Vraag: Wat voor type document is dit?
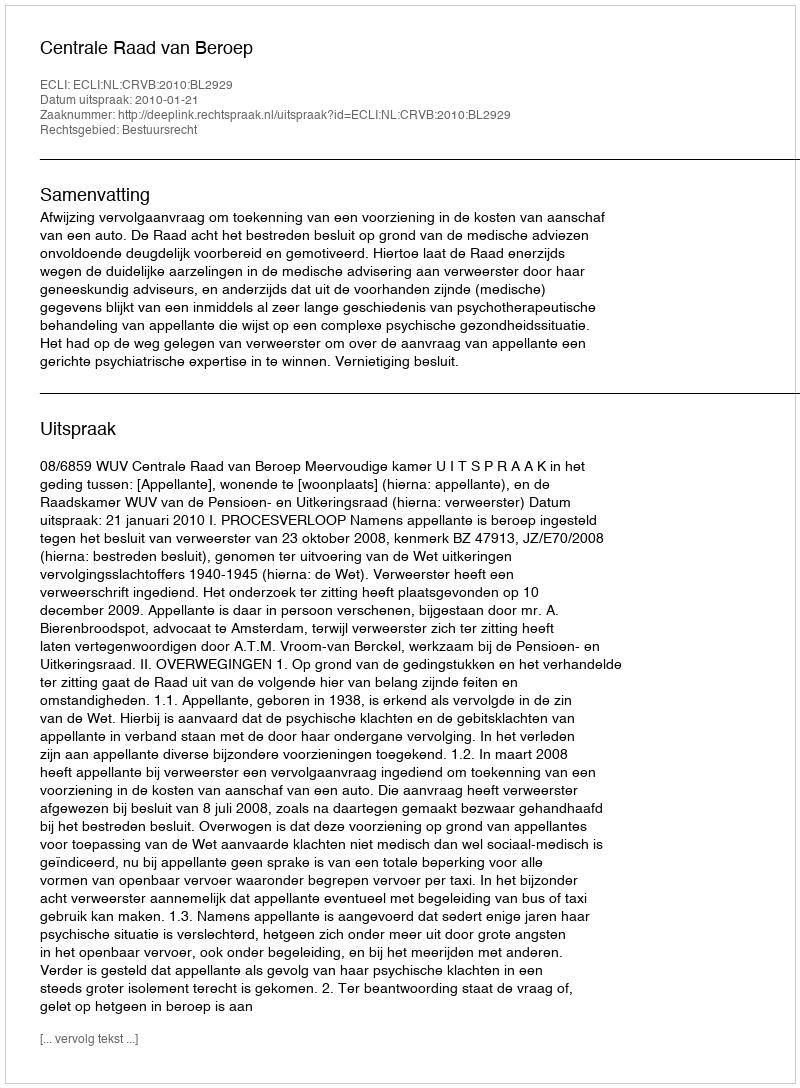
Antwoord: Uitspraak